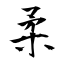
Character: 柔